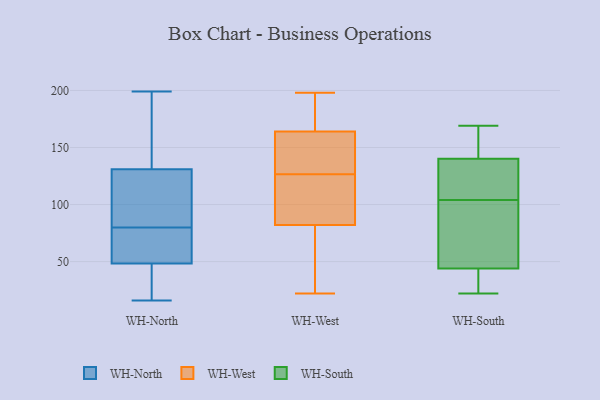
{"axis": {"x": "Budget (USD K)", "y": "Value"}, "legend": ["WH-North", "WH-South", "WH-West"], "data": [{"x": "", "y": 168, "type": "WH-North"}, {"x": "", "y": 43, "type": "WH-North"}, {"x": "", "y": 80, "type": "WH-North"}, {"x": "", "y": 64, "type": "WH-North"}, {"x": "", "y": 88, "type": "WH-North"}, {"x": "", "y": 104, "type": "WH-North"}, {"x": "", "y": 78, "type": "WH-North"}, {"x": "", "y": 57, "type": "WH-North"}, {"x": "", "y": 199, "type": "WH-North"}, {"x": "", "y": 50, "type": "WH-North"}, {"x": "", "y": 38, "type": "WH-North"}, {"x": "", "y": 81, "type": "WH-North"}, {"x": "", "y": 134, "type": "WH-North"}, {"x": "", "y": 177, "type": "WH-North"}, {"x": "", "y": 27, "type": "WH-North"}, {"x": "", "y": 16, "type": "WH-North"}, {"x": "", "y": 130, "type": "WH-North"}, {"x": "", "y": 41, "type": "WH-West"}, {"x": "", "y": 164, "type": "WH-West"}, {"x": "", "y": 170, "type": "WH-West"}, {"x": "", "y": 79, "type": "WH-West"}, {"x": "", "y": 191, "type": "WH-West"}, {"x": "", "y": 83, "type": "WH-West"}, {"x": "", "y": 22, "type": "WH-West"}, {"x": "", "y": 162, "type": "WH-West"}, {"x": "", "y": 118, "type": "WH-West"}, {"x": "", "y": 130, "type": "WH-West"}, {"x": "", "y": 82, "type": "WH-West"}, {"x": "", "y": 198, "type": "WH-West"}, {"x": "", "y": 156, "type": "WH-West"}, {"x": "", "y": 123, "type": "WH-West"}, {"x": "", "y": 169, "type": "WH-South"}, {"x": "", "y": 41, "type": "WH-South"}, {"x": "", "y": 106, "type": "WH-South"}, {"x": "", "y": 161, "type": "WH-South"}, {"x": "", "y": 83, "type": "WH-South"}, {"x": "", "y": 126, "type": "WH-South"}, {"x": "", "y": 145, "type": "WH-South"}, {"x": "", "y": 22, "type": "WH-South"}, {"x": "", "y": 104, "type": "WH-South"}, {"x": "", "y": 53, "type": "WH-South"}, {"x": "", "y": 27, "type": "WH-South"}]}